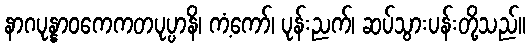
နာဂပုန္နာဝကေကတပုပ္ပာနိ၊ ကံ့ကော်၊ ပုန်းညက်၊ ဆပ်သွားပန်းတို့သည်။